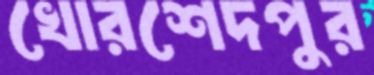
খোরশেদপুর